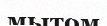
мытом